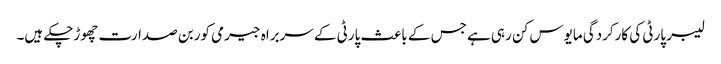
لیبر پارٹی کی کارکردگی مایوس کن رہی ہے جس کے باعث پارٹی کے سربراہ جیرمی کوربن صدارت چھوڑچکے ہیں۔